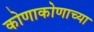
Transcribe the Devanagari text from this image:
कोणाकोणाच्या